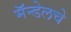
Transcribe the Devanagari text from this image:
मॅन्डेलचे